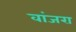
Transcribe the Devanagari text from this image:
वांजरा